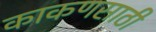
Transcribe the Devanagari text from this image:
काकणसाठी